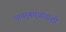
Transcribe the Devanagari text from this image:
पायर्‍यार्‍यांपाशी